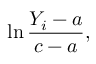
\ln { \frac { Y _ { i } - a } { c - a } } ,